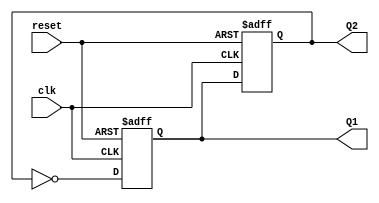
module dual_stage_johnson_counter (
    input wire clk,        // Clock input
    input wire reset,      // Asynchronous reset input
    output reg Q1,        // Output of the first flip-flop
    output reg Q2         // Output of the second flip-flop
);

// Always block triggered on the rising edge of the clock or the reset signal
always @(posedge clk or posedge reset) begin
    if (reset) begin
        // Asynchronous reset: set both outputs to 0
        Q1 <= 1'b0;
        Q2 <= 1'b0;
    end else begin
        // Johnson counter logic
        Q1 <= ~Q2; // D1 is connected to the inverted output of Q2
        Q2 <= Q1;  // D2 is connected to the output of Q1
    end
end

endmodule